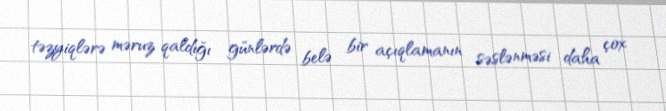
təzyiqlərə məruz qaldığı günlərdə belə bir açıqlamanın səslənməsi daha çox